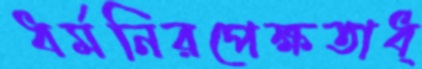
ধর্মনিরপেক্ষতাধ্